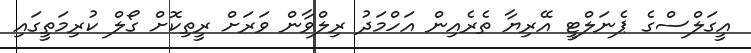
އީގަލްސްގެ ޕެނަލްޓީ އޭރިޔާ ތެރެއިން އަހްމަދު ރިލްވާން ވަރަށް ރީތިކޮށް ގޯލް ކުރިމަތީގައި